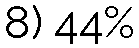
8) 44%